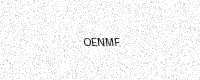
Text: OENMF